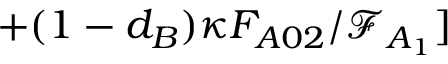
+ ( 1 - d _ { B } ) \kappa F _ { A 0 2 } / \mathcal { F } _ { A _ { 1 } } ]